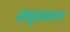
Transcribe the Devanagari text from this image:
साधुसमागम